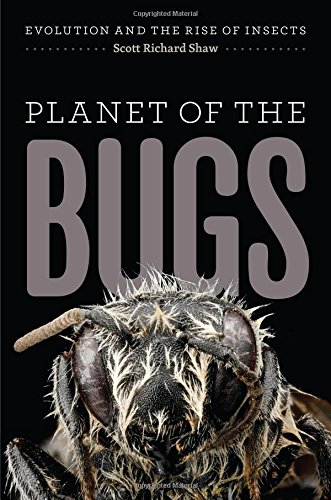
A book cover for Planet of the Bugs: Evolution and the Rise of Insects; Scott Richard Shaw; Science & Math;